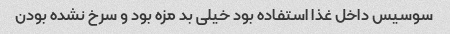
سوسیس داخل غذا استفاده بود خیلی بد مزه بود و سرخ نشده بودن